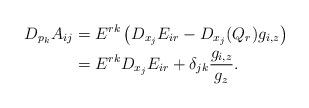
LaTeX: \begin{align*} D_{p_k}A_{ij} &= E^{rk}\left( D_{x_j}E_{ir} - D_{x_j}(Q_r)g_{i,z} \right)\\ &= E^{rk}D_{x_j}E_{ir}+\delta_{jk}\frac{g_{i,z}}{g_z}. \end{align*}